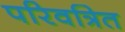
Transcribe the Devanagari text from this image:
परिवत्रित